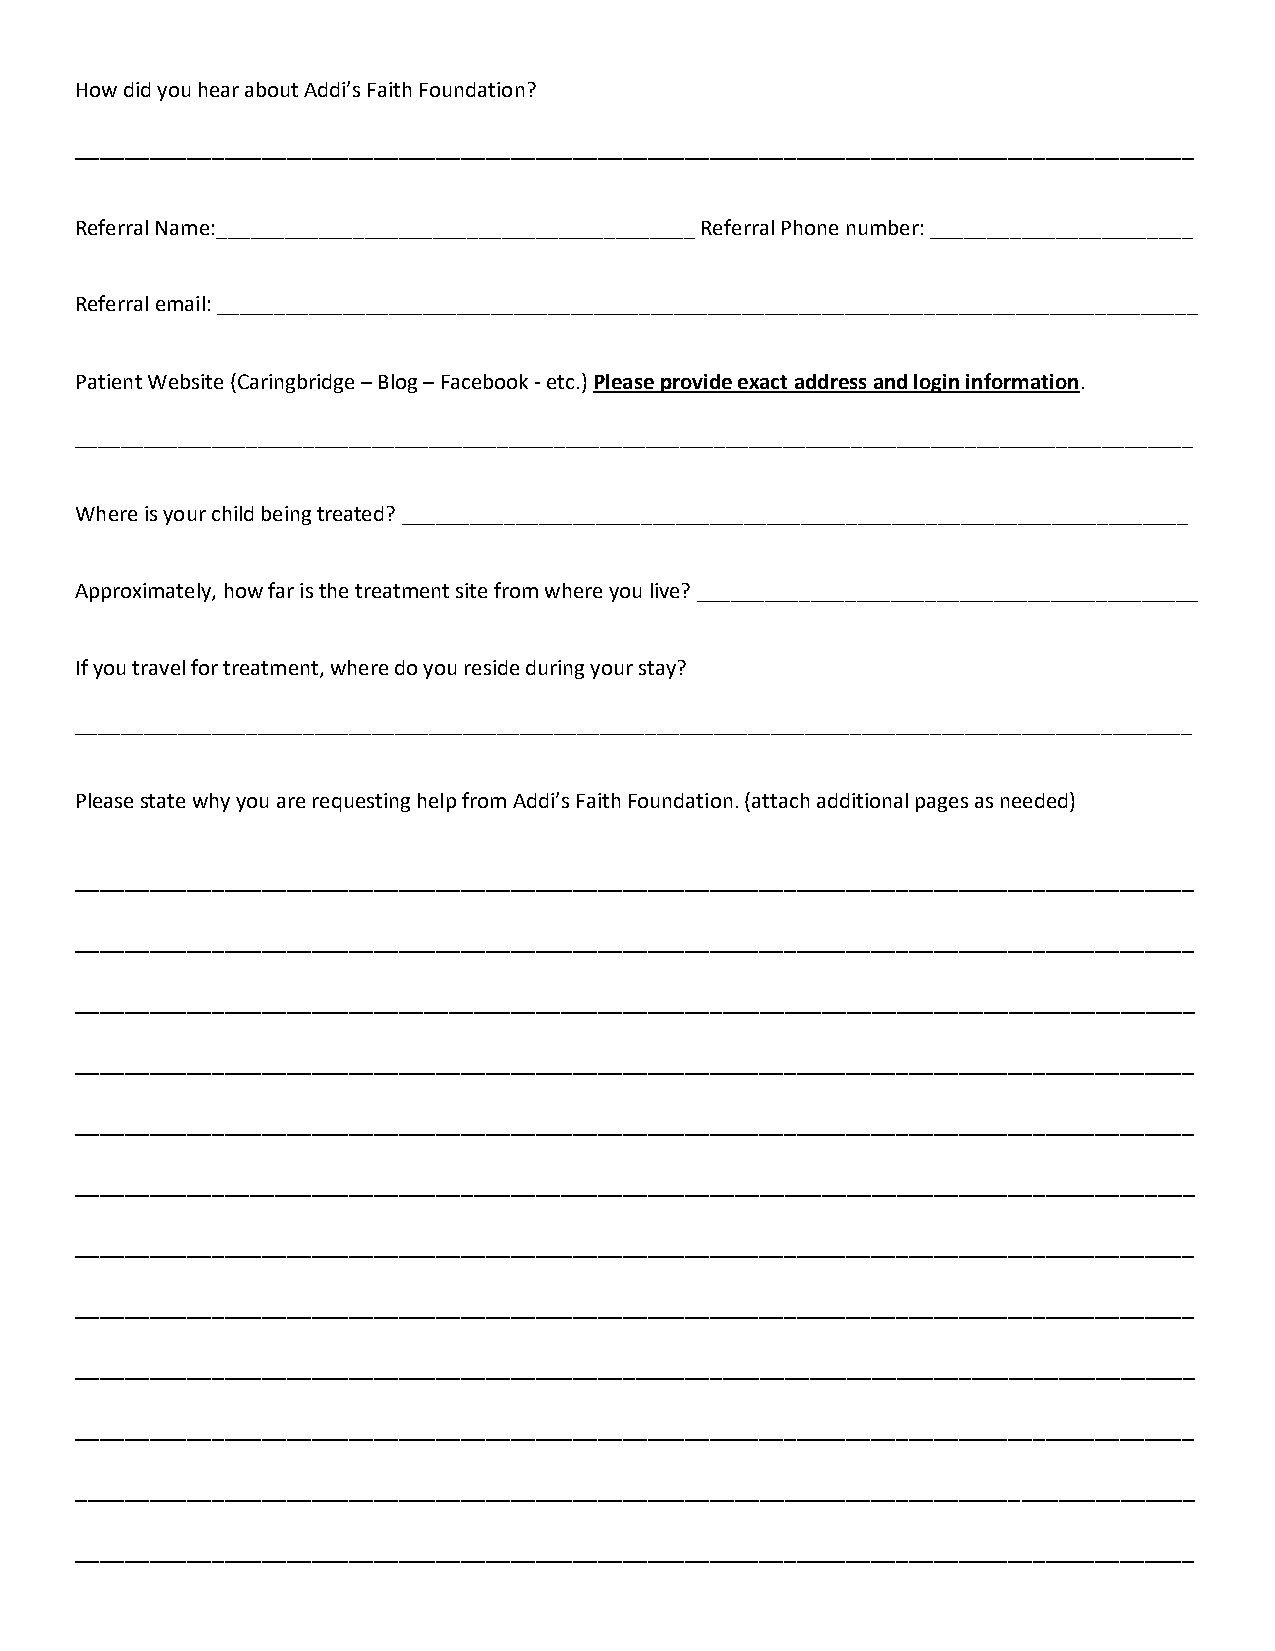
How did you hear about Addi’s Faith Foundation?
 __________________________________________________________________________________________
 Referral Name:__________________________________________ Referral Phone number: _______________________
 Referral email: ______________________________________________________________________________________
 Patient Website (Caringbridge – Blog – Facebook - etc.) Please provide exact address and login information.
 __________________________________________________________________________________________________
 Where is your child being treated? _____________________________________________________________________
 Approximately, how far is the treatment site from where you live? ____________________________________________
 If you travel for treatment, where do you reside during your stay?
 __________________________________________________________________________________________________
 Please state why you are requesting help from Addi’s Faith Foundation. (attach additional pages as needed)
 __________________________________________________________________________________________
 __________________________________________________________________________________________
 __________________________________________________________________________________________
 __________________________________________________________________________________________
 __________________________________________________________________________________________
 __________________________________________________________________________________________
 __________________________________________________________________________________________
 __________________________________________________________________________________________
 __________________________________________________________________________________________
 __________________________________________________________________________________________
 __________________________________________________________________________________________
 __________________________________________________________________________________________